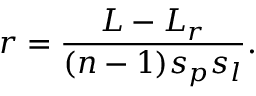
r = \frac { L - L _ { r } } { ( n - 1 ) s _ { p } s _ { l } } .